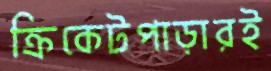
ক্রিকেটপাড়ারই